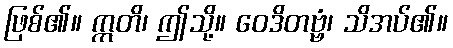
ဖြစ်၏။ ဣတိ၊ ဤသို့။ ဝေဒိတဗ္ဗံ၊ သိအပ်၏။